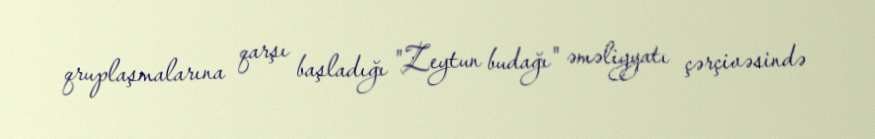
qruplaşmalarına qarşı başladığı "Zeytun budağı" əməliyyatı çərçivəsində